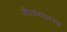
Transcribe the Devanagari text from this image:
जीवअभयारण्य